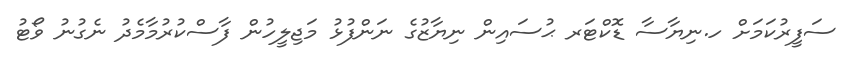
ސަފީރުކަމަށް ހ.ނިޔާސާ ޑޮކްޓަރ ޙުސައިން ނިޔާޒުގެ ނަންފުޅު މަޖިލީހުން ފާސްކުރުމާމެދު ނެގުނު ވޯޓު